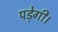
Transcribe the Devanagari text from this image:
पडे़गी।